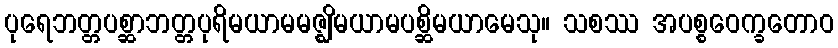
ပုရေဘတ္တပစ္ဆာဘတ္တပုရိမယာမမဇ္ဈိမယာမပစ္ဆိမယာမေသု။ သစဿ အပစ္စဝေက္ခတောဝ